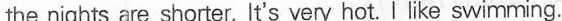
thenights are shorter. It's very hot. Ilike swimming.